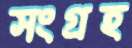
সংগ্রহ